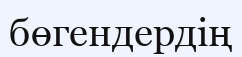
бөгендердің